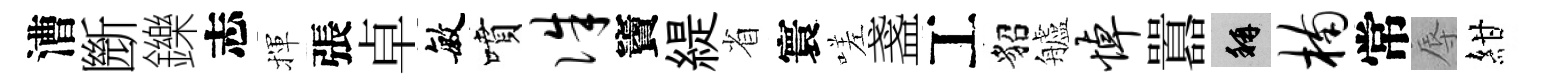
漕㫁鑠志揮張卓敏噴侏竇緹省寰嗟盞工貂艫悼囂稱楠常辱紺